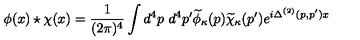
\phi ( x ) \star \chi ( x ) = { \frac { 1 } { ( 2 \pi ) ^ { 4 } } } \int d ^ { 4 } p \ d ^ { 4 } p ^ { \prime } \widetilde { \phi } _ { \kappa } ( p ) \widetilde { \chi } _ { \kappa } ( p ^ { \prime } ) e ^ { i \Delta ^ { ( 2 ) } ( p , p ^ { \prime } ) { x } }